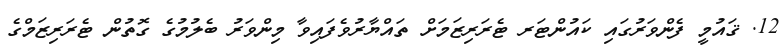
12. ޤައުމީ ފެންވަރުގައި ކައުންޓަރ ޓެރަރިޒަމަށް ތައްޔާރުވެފައިވާ މިންވަރު ބެލުމުގެ ގޮތުން ޓެރަރިޒަމްގެ